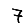
Digit: 7